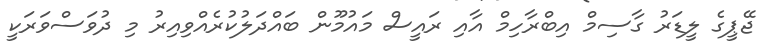
ޖޭޕީގެ ލީޑަރު ގާސިމް އިބްރާހިމް އާއި ރައީސް މައުމޫން ބައްދަލުކުރެއްވިއިރު މި ދުވަސްވަރަކީ